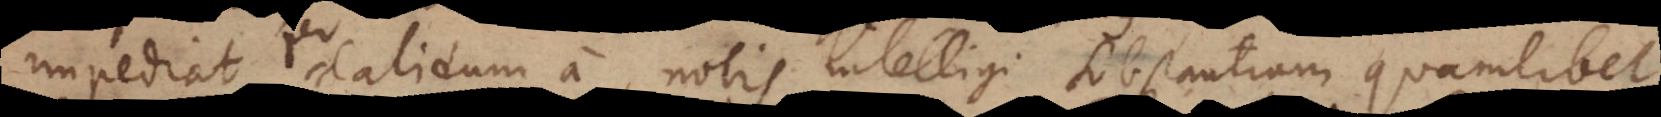
impediat calidum a nobis intelligi Substantiam quamlibet